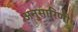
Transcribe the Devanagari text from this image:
अनुसारिणी